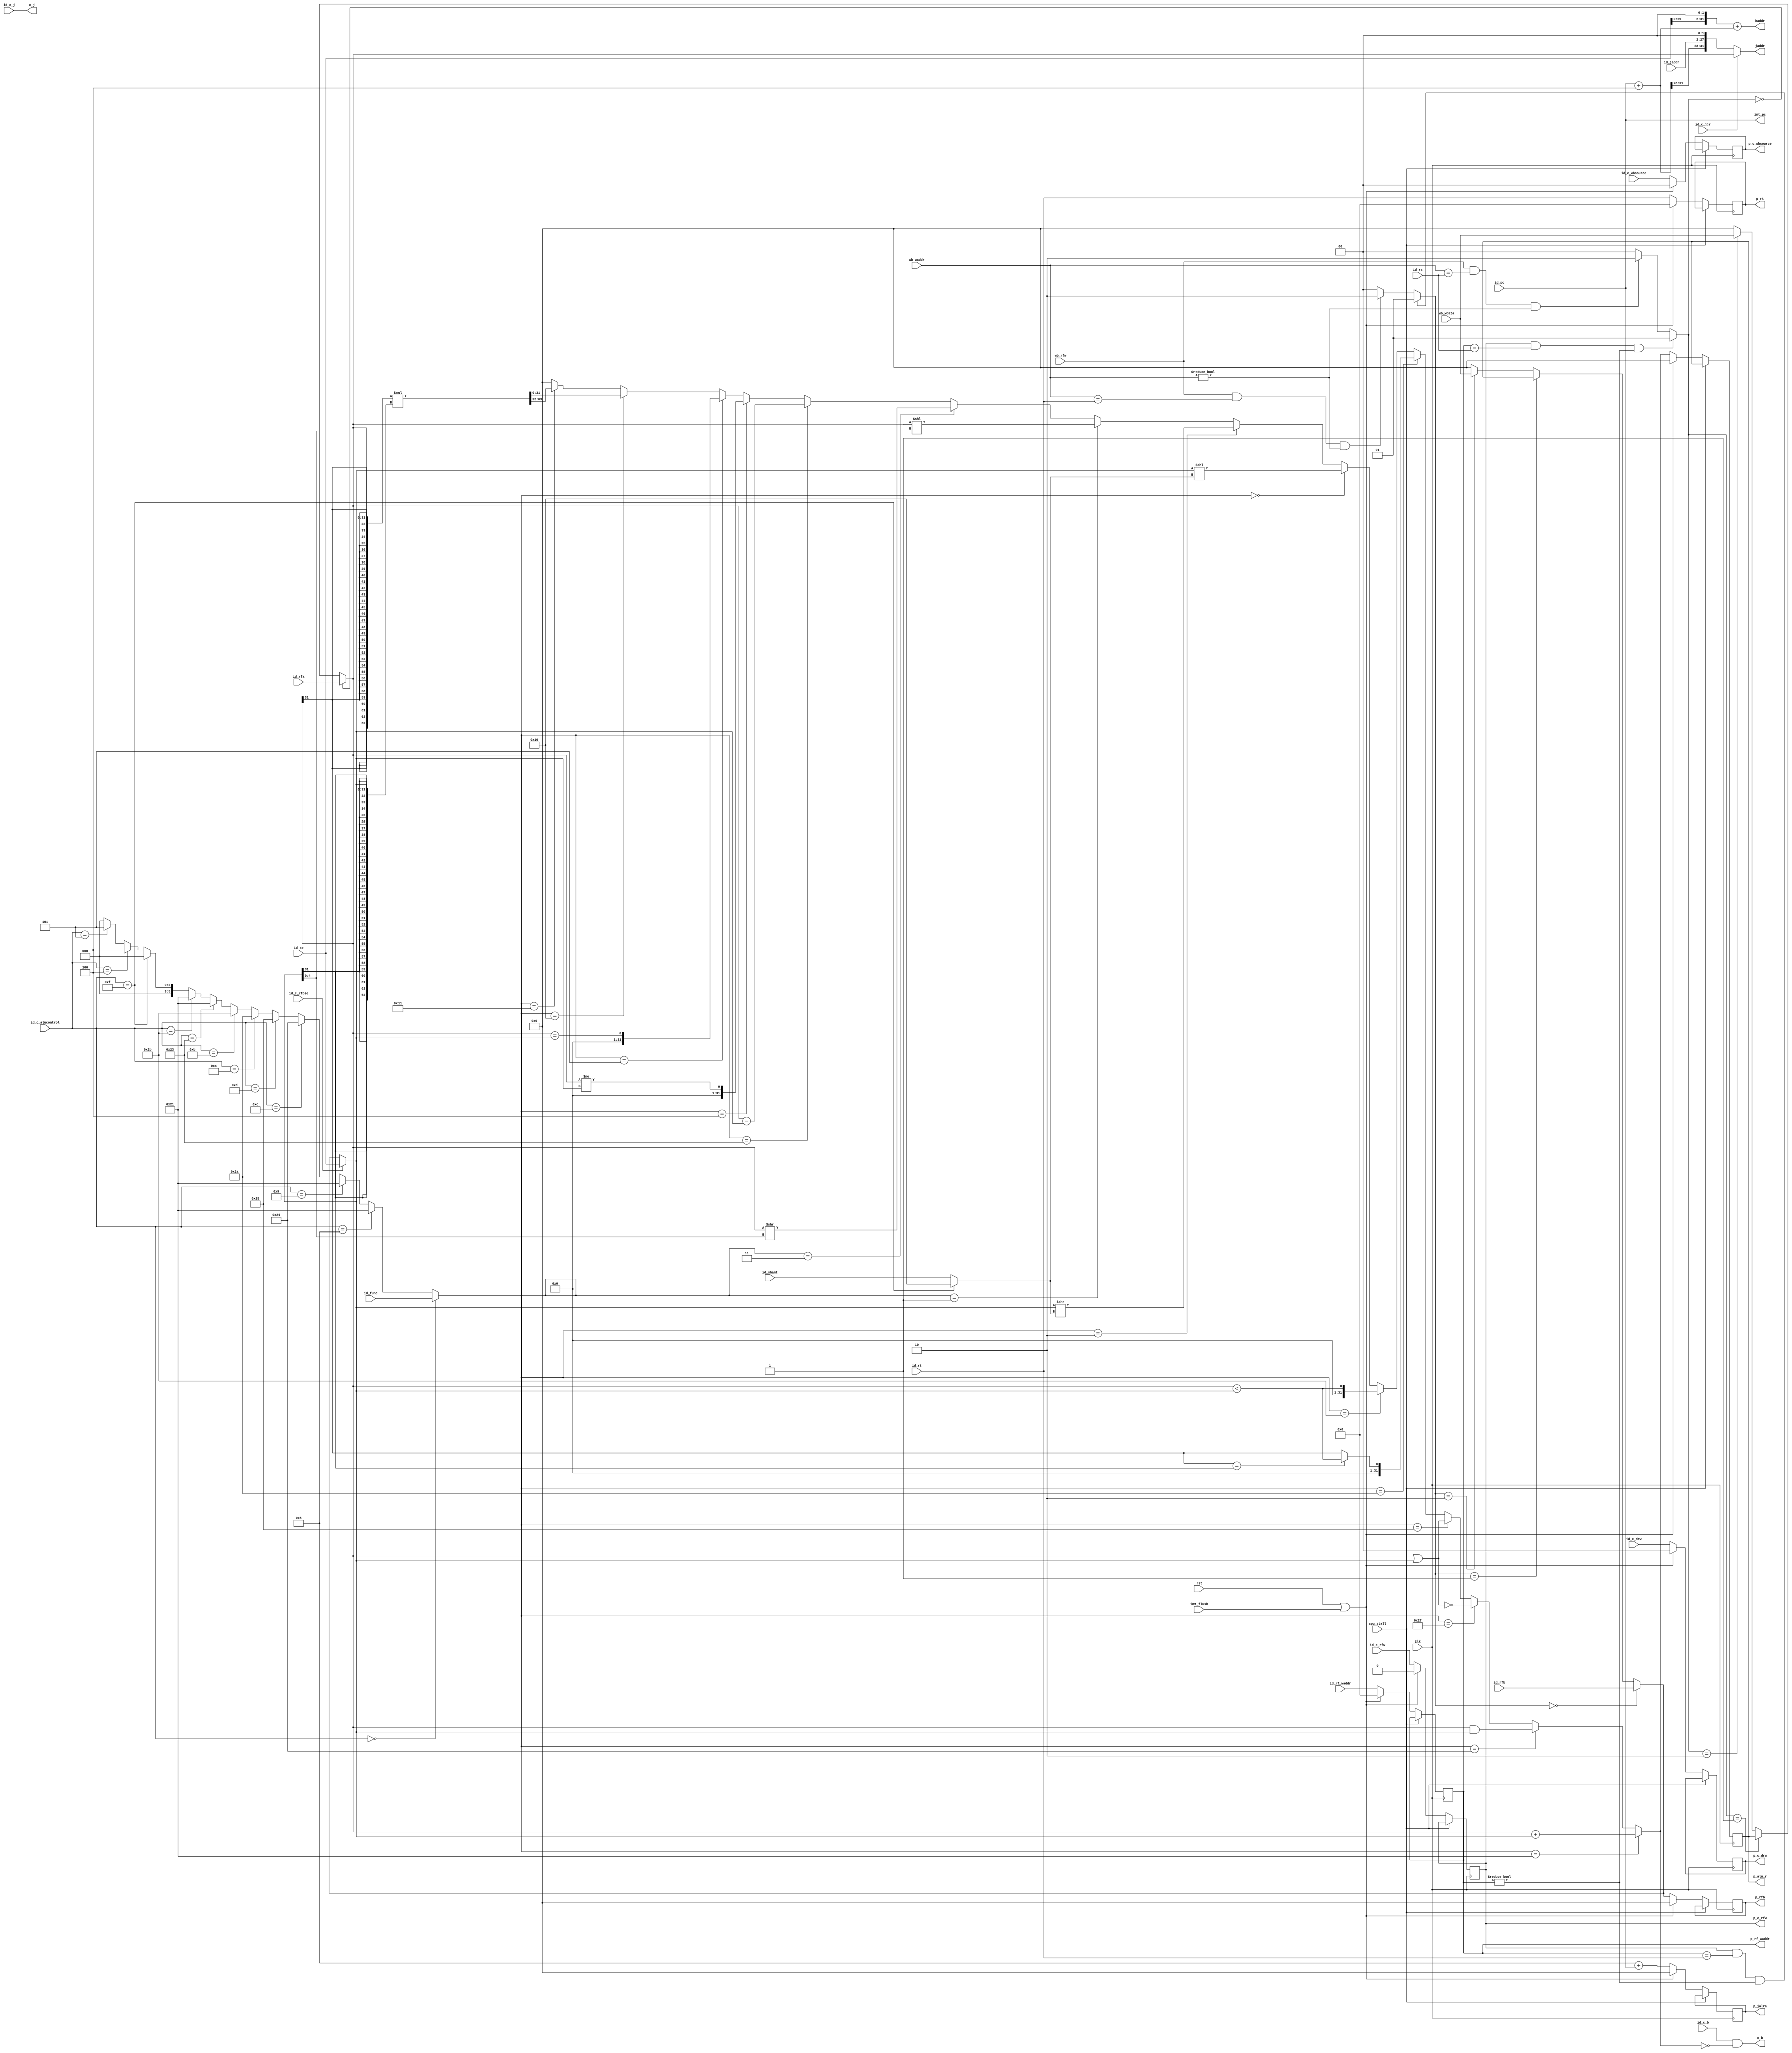
module cpu_ex(rst, clk, cpu_stall, id_c_rfw, id_c_wbsource, id_c_drw,
		id_c_alucontrol, id_c_j, id_c_b, id_c_jjr, id_rfa,
		id_rfb, id_se, id_shamt, id_func, id_rf_waddr,
		id_pc, id_jaddr, id_c_rfbse, id_rs, id_rt,
		wb_wdata, wb_rfw, wb_waddr, p_c_rfw, p_c_wbsource,
		p_c_drw, p_alu_r, p_rfb, p_rf_waddr, p_jalra,
		p_rt, baddr, jaddr, c_b, c_j, int_flush, int_pc);
	input 		rst, clk, cpu_stall;
	input		id_c_rfw;
	input [1:0]	id_c_wbsource;
	input [1:0]	id_c_drw;
	input [5:0]	id_c_alucontrol;
	input 		id_c_j;
	input		id_c_b;
	input		id_c_jjr;
	input [31:0]	id_rfa;
	input [31:0]	id_rfb;
	input [31:0]	id_se;
	input [4:0]	id_shamt;
	input [5:0]	id_func;
	input [4:0]	id_rf_waddr;
	input [31:0]	id_pc;
	input [25:0]	id_jaddr;
	input 		id_c_rfbse;
	input [4:0]	id_rs;
	input [4:0]	id_rt;
	input [31:0]	wb_wdata;
	input 		wb_rfw;
	input [4:0]	wb_waddr;
	input 		int_flush;
	output reg	p_c_rfw;
	output reg [1:0] p_c_wbsource;
	output reg [1:0] p_c_drw;
	output reg [31:0] p_alu_r;
	output reg [31:0] p_rfb;
	output reg [4:0] p_rf_waddr;
	output reg [31:0] p_jalra;
	output reg [4:0] p_rt;
	output [31:0]	baddr;
	output [31:0]	jaddr;
	output c_b;
	output c_j;
	output [31:0]	int_pc;

	/* forward logic */
	wire [1:0] forwardX = (p_c_rfw & (p_rf_waddr == id_rs) & (p_rf_waddr != 0)) ? 2'b01 :
			      (wb_rfw & (wb_waddr == id_rs) & (wb_waddr != 0)) ? 2'b10 : 0;
	wire [1:0] forwardY = (p_c_rfw & (p_rf_waddr == id_rt) & (p_rf_waddr != 0)) ? 2'b01 :
			      (wb_rfw & (wb_waddr == id_rt) & (wb_waddr != 0)) ? 2'b10 : 0;

	wire [31:0] x = (forwardX == 2'b00) ? id_rfa :
			(forwardX == 2'b01) ? p_alu_r :
			(forwardX == 2'b10) ? wb_wdata : 0;
	wire [31:0] eff_y = (forwardY == 2'b00) ? id_rfb :
			(forwardY == 2'b01) ? p_alu_r :
			(forwardY == 2'b10) ? wb_wdata : 0;
	wire [31:0] y = (id_c_rfbse) ? id_se : eff_y;
	wire cmp_signed = (x[31] == y[31]) ? x < y : x[31];
	wire cmp_unsigned = x < y;

	/* multiply */
	wire [63:0] r_mul = {{32{x[31]}},x} * {{32{y[31]}},y};

	/* alu control */
	wire [5:0] alu_func = 
		(id_c_alucontrol == 6'h00) ? id_func :
		(id_c_alucontrol == 6'h08) ? 6'h21 :
		(id_c_alucontrol == 6'h09) ? 6'h21 :
		(id_c_alucontrol == 6'h0c) ? 6'h24 :
		(id_c_alucontrol == 6'h0d) ? 6'h25 :
		(id_c_alucontrol == 6'h0a) ? 6'h2a :
		(id_c_alucontrol == 6'h0b) ? 6'h2b :
		(id_c_alucontrol == 6'h23) ? 6'h21 :
		(id_c_alucontrol == 6'h2b) ? 6'h21 : 
		(id_c_alucontrol == 6'h0f) ? 6'h00 :
		(id_c_alucontrol == 6'h04) ? 6'h04 :    /* these two define the beq and bne logic */
		(id_c_alucontrol == 6'h05) ? 6'h05 : 0;

	wire [4:0] shamt = id_c_alucontrol == 6'h0f ? 5'h10 : id_shamt;

	/* the alu */
	wire [31:0] alu_r = 
		(alu_func == 6'h21) ? x + y :
		(alu_func == 6'h24) ? x & y :
		(alu_func == 6'h27) ? ~(x|y) :
		(alu_func == 6'h25) ? x | y :
		(alu_func == 6'h2a) ? cmp_signed :
		(alu_func == 6'h2b) ? cmp_unsigned :
		(alu_func == 6'h00) ? y << shamt :
		(alu_func == 6'h02) ? y >> shamt :
		(alu_func == 6'h01) ? x << y[4:0] :
		(alu_func == 6'h03) ? x >> y[4:0] :
		(alu_func == 6'h23) ? x - y :
		(alu_func == 6'h04) ? x != y :
		(alu_func == 6'h05) ? x == y :
		(alu_func == 6'h10) ? r_mul[31:0] :
		(alu_func == 6'h11) ? r_mul[63:32] : 0;


	/* branch and jump logic */
	wire [31:0] jalra = 8 + id_pc;
	wire [31:0] pc_4 = id_pc + 4;
	wire [31:0] jjal_jaddr = {pc_4[31:28], id_jaddr, 2'b0};
	assign c_j = id_c_j;
	assign c_b = id_c_b & (alu_r == 0);
	assign jaddr = id_c_jjr ? x : jjal_jaddr;
	assign baddr = {id_se[29:0],2'b0} + pc_4;

	assign int_pc = id_pc;

	always @(posedge clk) begin
		if (!cpu_stall) begin
		if (rst || int_flush) begin
			p_c_rfw <= 0;
			p_c_wbsource <= 0;
			p_c_drw <= 0;
			p_alu_r <= 0;
			p_rfb <= 0;
			p_rf_waddr <= 0;
			p_jalra <= 0;
			p_rt <= 0;
		end else begin
			p_c_rfw <= id_c_rfw;
			p_c_wbsource <= id_c_wbsource;
			p_c_drw <= id_c_drw;
			p_alu_r <= alu_r;
			p_rfb <= eff_y;
			p_rf_waddr <= id_rf_waddr;
			p_jalra <= jalra;
			p_rt <= id_rt;
		end
	
		/* debug statements, not synthesized by Xilinx */
		//$display("EX: PC: %x", id_pc);
		end
	end
endmodule